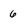
Character: 6